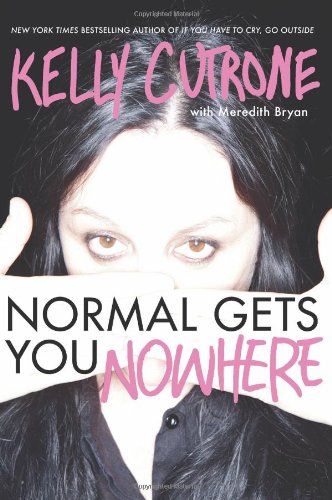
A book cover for Normal Gets You Nowhere; Kelly Cutrone; Business & Money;